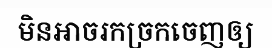
មិនអាចរកច្រកចេញឲ្យ